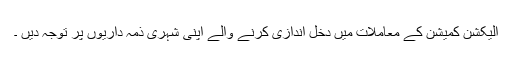
الیکشن کمیشن کے معاملات میں دخل اندازی کرنے والے اپنی شہری ذمہ داریوں پر توجہ دیں ۔